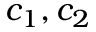
c _ { 1 } , c _ { 2 }